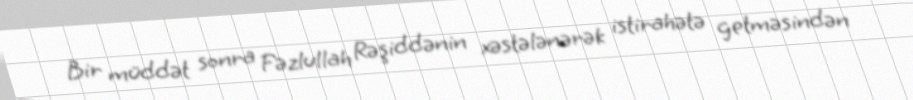
Bir müddət sonra Fəzlullah Rəşiddənin xəstələnərək istirahətə getməsindən